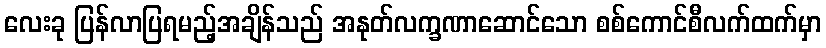
လေးခု ပြန်လာပြရမည့်အချိန်သည် အနုတ်လက္ခဏာဆောင်သော စစ်ကောင်စီလက်ထက်မှာ